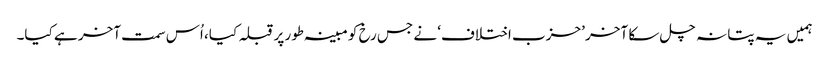
ہمیں یہ پتا نہ چل سکا آخر ’حزب اختلاف‘ نے جس رخ کو مبینہ طور پر قبلہ کیا، اُس سمت آخر ہے کیا۔